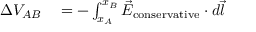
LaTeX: \begin{array} { r l } { \Delta V _ { A B } } & { { } = - \int _ { x _ { A } } ^ { x _ { B } } { \vec { E } } _ { \mathrm { c o n s e r v a t i v e } } \cdot d { \vec { l } } } \end{array}